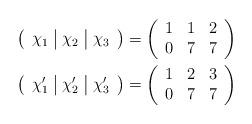
LaTeX: \begin{align*}\left( \begin{array}{c|c|c}\chi_1 & \chi_2 & \chi_3\end{array} \right) = \left( \begin{array}{ccc}1 & 1 & 2 \\ 0 & 7 & 7\end{array} \right) \\\left( \begin{array}{c|c|c}\chi_1' & \chi_2' & \chi_3'\end{array} \right) = \left( \begin{array}{ccc}1 & 2 & 3 \\ 0 & 7 & 7\end{array} \right)\end{align*}